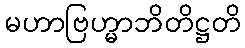
မဟာဗြဟ္မာဘိတိဋ္ဌတိ